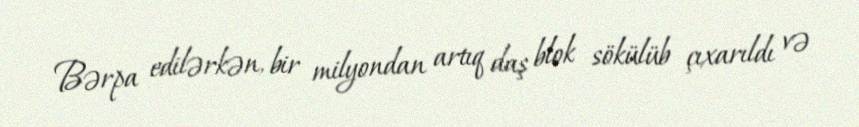
Bərpa edilərkən, bir milyondan artıq daş blok sökülüb çıxarıldı və